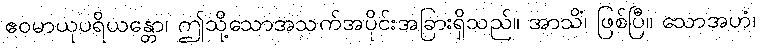
ဧဝမာယုပရိယန္တော၊ ဤသို့သောအသက်အပိုင်းအခြားရှိသည်။ အာသိံ၊ ဖြစ်ပြီ။ သောအဟံ၊